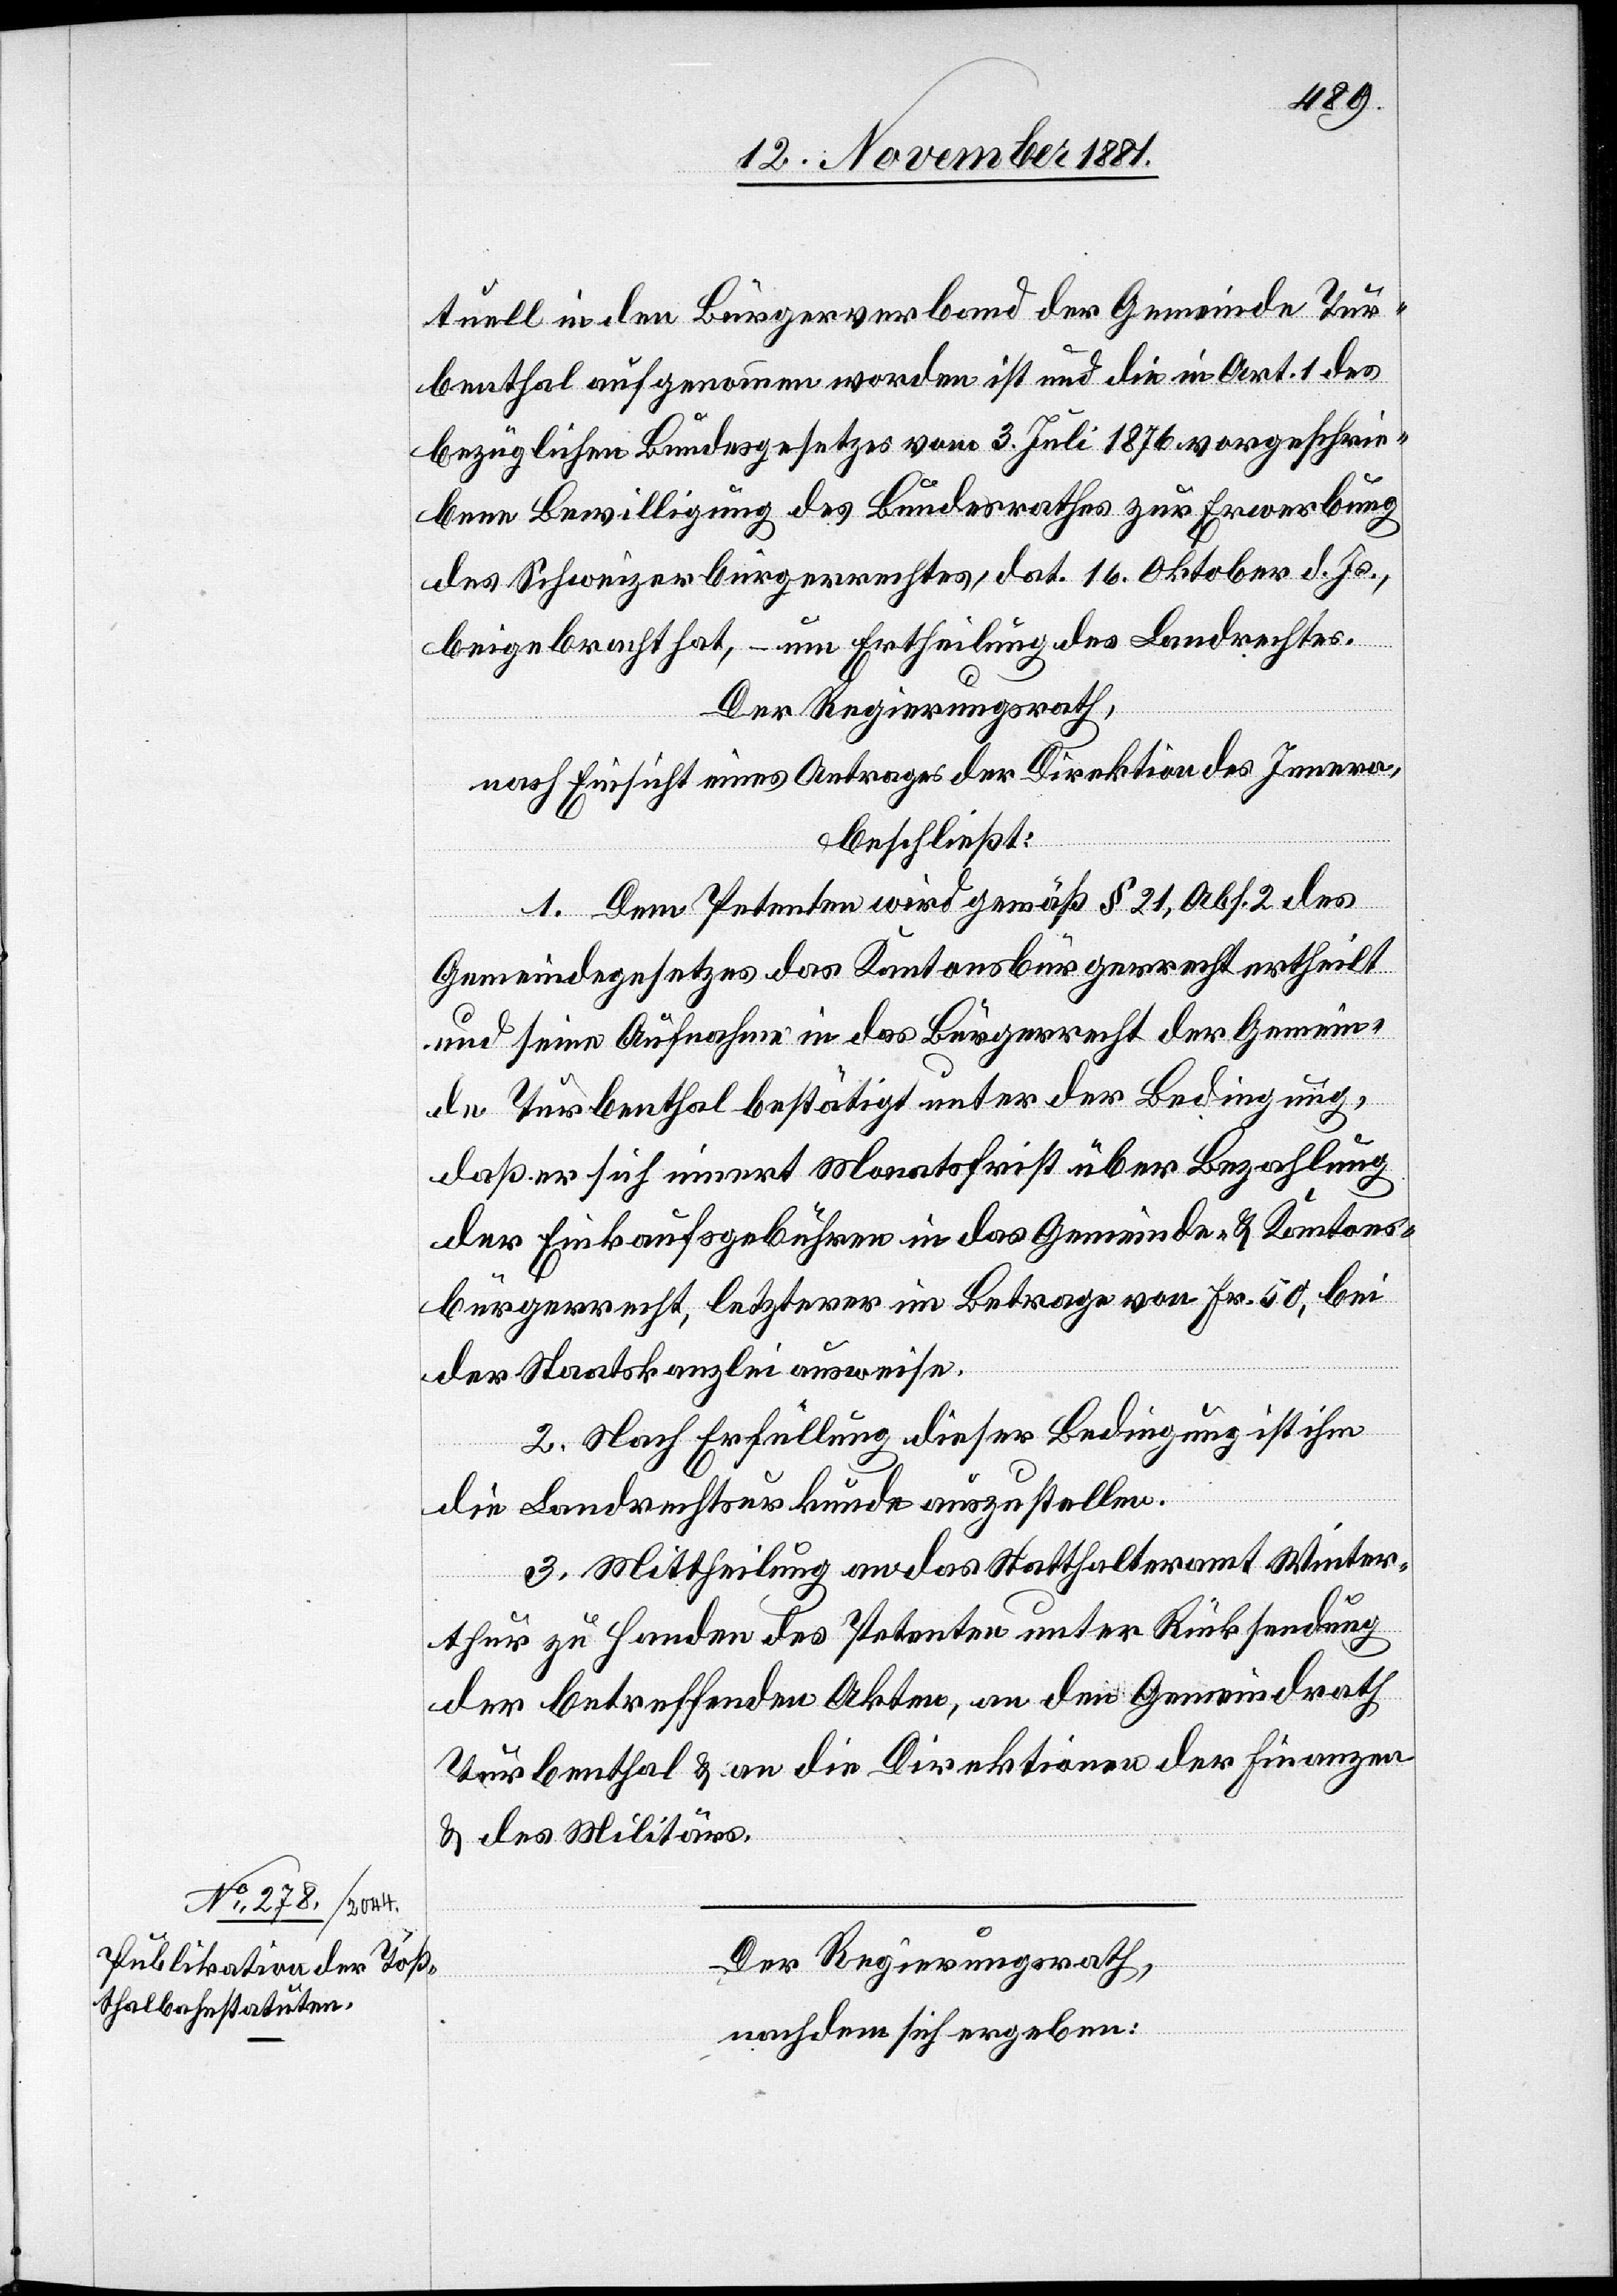
tuell in den Bürgerverband der Gemeinde Tur¬
benthal aufgenommen worden ist und die in Art. 1 des
bezüglichen Bundesgesetzes vom 3. Juli 1876 vorgeschrie¬
benen Bewilligung des Bundesrathes zur Erwerbung
des Schweizerbürgerrechtes, dat. 16. Oktober d. Js.,
beigebracht hat, – um Ertheilung des Landrechtes.
Der Regierungsrath,
nach Einsicht eines Antrages der Direktion des Innern,
beschließt:
1. Dem Petenten wird gemäß § 21, Abs. 2 des
Gemeindegesetzes das Kantonsbürgerrecht ertheilt
und seine Aufnahme in das Bürgerrecht der Gemein¬
de Turbenthal bestätigt unter der Bedingung,
daß er sich innert Monatsfrist über Bezahlung
der Einkaufsgebühren in das Gemeinde- & Kantons¬
bürgerrecht, letzterer im Betrage von Fr. 50, bei
der Staatskanzlei ausweise.
2. Nach Erfüllung dieser Bedingung ist ihm
die Landrechtsurkunde auszustellen.
3. Mittheilung an das Statthalteramt Winter¬
thur zu Handen des Petenten unter Rücksendung
der betreffenden Akten, an den Gemeindrath
Turbenthal & an die Direktionen der Finanzen
& des Militärs.
Der Regierungsrath,
nachdem sich ergeben: